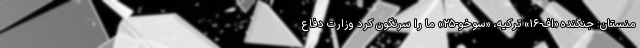
منستان: جنگنده «اف-۱۶» ترکیه، «سوخو-۲۵» ما را سرنگون کرد وزارت دفاع